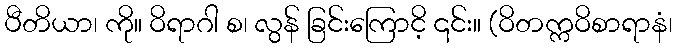
ပီတိယာ၊ ကို။ ဝိရာဂါ စ၊ လွန် ခြင်းကြောငိ့ ၎င်း။ (ဝိတက္ကဝိစာရာနံ၊